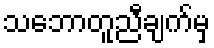
သဘောတူညီချက်မှ